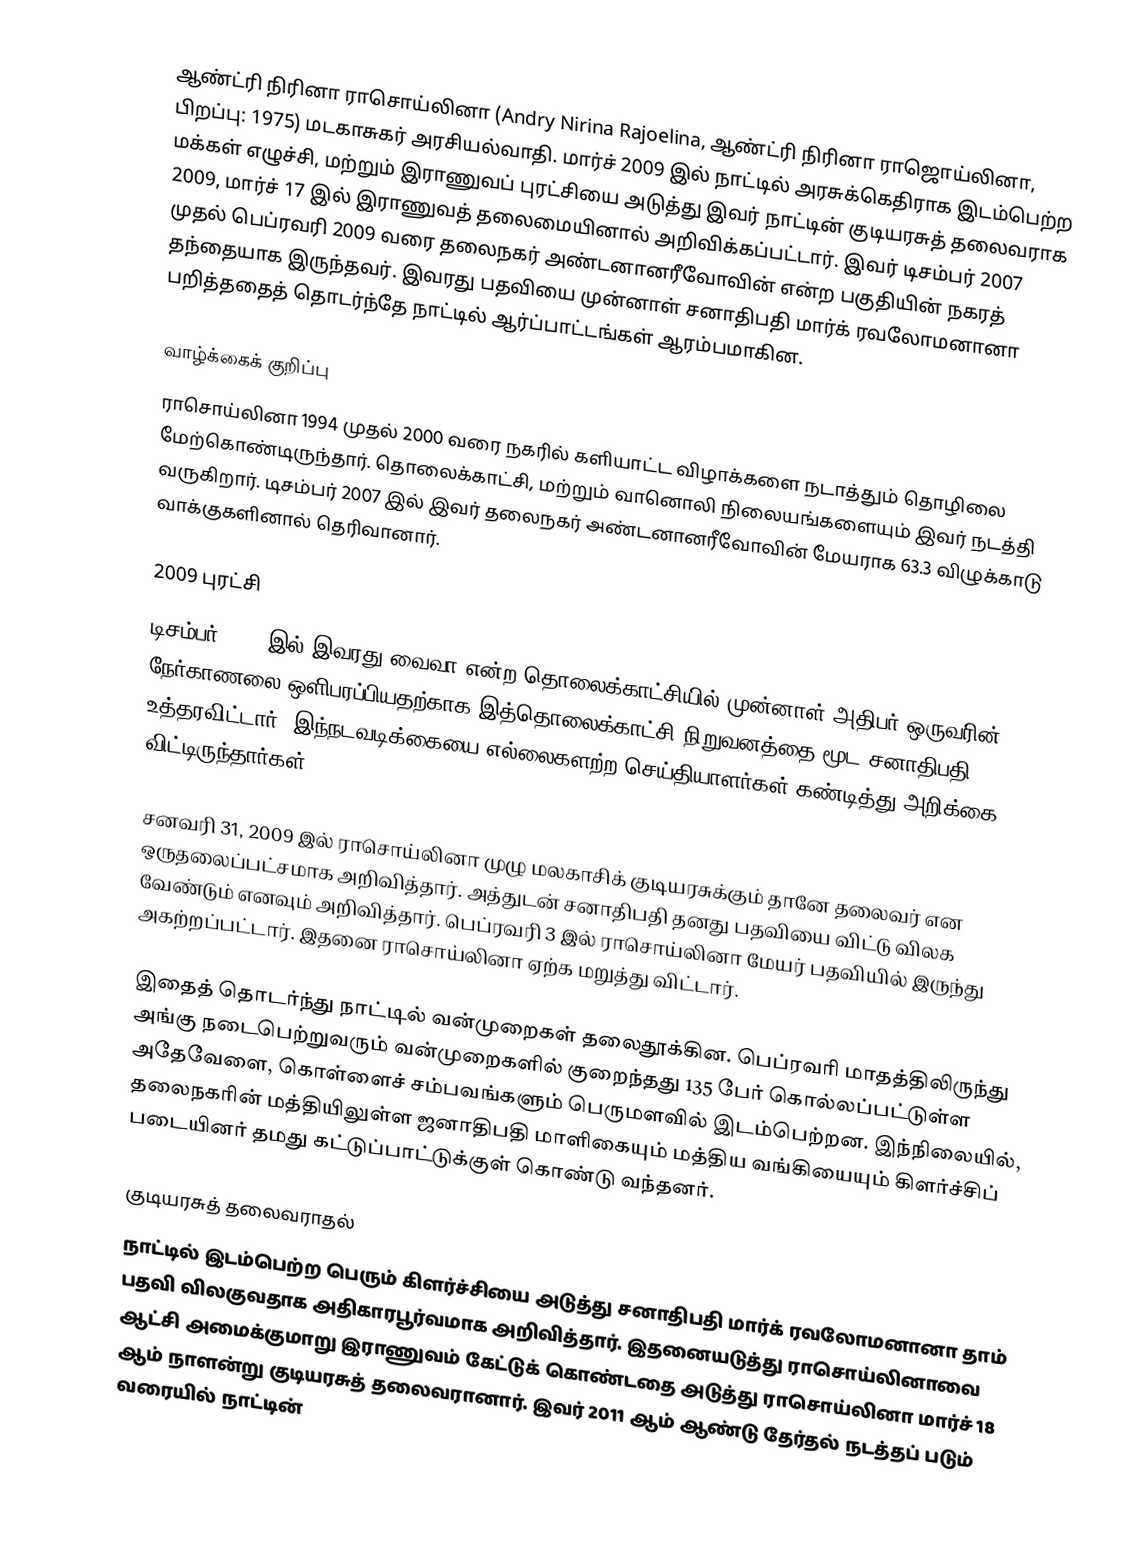
ஆண்ட்ரி நிரினா ராசொய்லினா (Andry Nirina Rajoelina, ஆண்ட்ரி நிரினா ராஜொய்லினா, பிறப்பு: 1975) மடகாசுகர் அரசியல்வாதி. மார்ச் 2009 இல் நாட்டில் அரசுக்கெதிராக இடம்பெற்ற மக்கள் எழுச்சி, மற்றும் இராணுவப் புரட்சியை அடுத்து இவர் நாட்டின் குடியரசுத் தலைவராக 2009, மார்ச் 17 இல் இராணுவத் தலைமையினால் அறிவிக்கப்பட்டார். இவர் டிசம்பர் 2007 முதல் பெப்ரவரி 2009 வரை தலைநகர் அண்டனானரீவோவின் என்ற பகுதியின் நகரத் தந்தையாக இருந்தவர். இவரது பதவியை முன்னாள் சனாதிபதி மார்க் ரவலோமனானா பறித்ததைத் தொடர்ந்தே நாட்டில் ஆர்ப்பாட்டங்கள் ஆரம்பமாகின.

வாழ்க்கைக் குறிப்பு
ராசொய்லினா 1994 முதல் 2000 வரை நகரில் களியாட்ட விழாக்களை நடாத்தும் தொழிலை மேற்கொண்டிருந்தார். தொலைக்காட்சி, மற்றும் வானொலி நிலையங்களையும் இவர் நடத்தி வருகிறார். டிசம்பர் 2007 இல் இவர் தலைநகர் அண்டனானரீவோவின் மேயராக 63.3 விழுக்காடு வாக்குகளினால் தெரிவானார்.

2009 புரட்சி
டிசம்பர் 2008 இல் இவரது வைவா என்ற தொலைக்காட்சியில் முன்னாள் அதிபர் ஒருவரின் நேர்காணலை ஒளிபரப்பியதற்காக இத்தொலைக்காட்சி நிறுவனத்தை மூட சனாதிபதி உத்தரவிட்டார். இந்நடவடிக்கையை எல்லைகளற்ற செய்தியாளர்கள் கண்டித்து அறிக்கை விட்டிருந்தார்கள்.

சனவரி 31, 2009 இல் ராசொய்லினா முழு மலகாசிக் குடியரசுக்கும் தானே தலைவர் என ஒருதலைப்பட்சமாக அறிவித்தார். அத்துடன் சனாதிபதி தனது பதவியை விட்டு விலக வேண்டும் எனவும் அறிவித்தார். பெப்ரவரி 3 இல் ராசொய்லினா மேயர் பதவியில் இருந்து அகற்றப்பட்டார். இதனை ராசொய்லினா ஏற்க மறுத்து விட்டார்.

இதைத் தொடர்ந்து நாட்டில் வன்முறைகள் தலைதூக்கின. பெப்ரவரி மாதத்திலிருந்து அங்கு நடைபெற்றுவரும் வன்முறைகளில் குறைந்தது 135 பேர் கொல்லப்பட்டுள்ள அதேவேளை, கொள்ளைச் சம்பவங்களும் பெருமளவில் இடம்பெற்றன. இந்நிலையில், தலைநகரின் மத்தியிலுள்ள ஜனாதிபதி மாளிகையும் மத்திய வங்கியையும் கிளர்ச்சிப் படையினர் தமது கட்டுப்பாட்டுக்குள் கொண்டு வந்தனர்.

குடியரசுத் தலைவராதல்
நாட்டில் இடம்பெற்ற பெரும் கிளர்ச்சியை அடுத்து சனாதிபதி மார்க் ரவலோமனானா தாம் பதவி விலகுவதாக அதிகாரபூர்வமாக அறிவித்தார். இதனையடுத்து ராசொய்லினாவை ஆட்சி அமைக்குமாறு இராணுவம் கேட்டுக் கொண்டதை அடுத்து ராசொய்லினா மார்ச் 18 ஆம் நாளன்று குடியரசுத் தலைவரானார். இவர் 2011 ஆம் ஆண்டு தேர்தல் நடத்தப் படும் வரையில் நாட்டின்